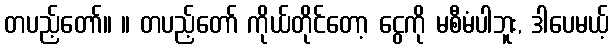
တပည့်တော်။ ။ တပည့်တော် ကိုယ်တိုင်တော့ ငွေကို မစီမံပါဘူး, ဒါပေမယ့်